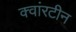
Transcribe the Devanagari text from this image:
क्वांरटीन